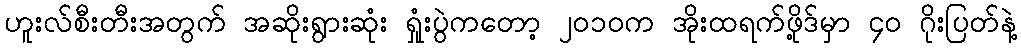
ဟူးလ်စီးတီးအတွက် အဆိုးရွားဆုံး ရှုံးပွဲကတော့ ၂၀၁၀က အိုးထရက်ဖို့ဒ်မှာ ၄၀ ဂိုးပြတ်နဲ့